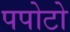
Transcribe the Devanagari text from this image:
पपोटो